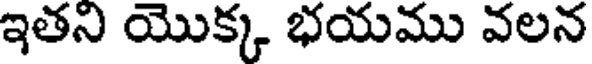
ఇతని యొక్క భయము వలన